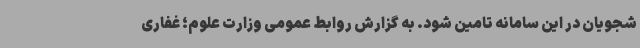
شجویان در این سامانه تامین شود. به گزارش روابط عمومی وزارت علوم؛ غفاری